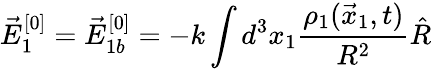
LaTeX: \vec{E}_{1}^{[0]}=\vec{E}_{1b}^{[0]}=-k\int d^{3}x_{1}\frac{\rho_{1}(\vec{x}_{1},t)}{R^{2}}\hat{R}